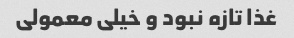
غذا تازه نبود و خیلی معمولی